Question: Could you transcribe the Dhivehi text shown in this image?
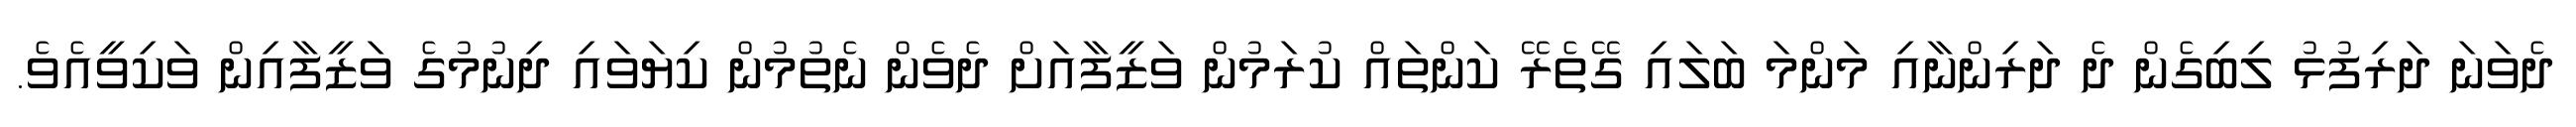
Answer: ދެވަނަ ދަރިފުޅު ލިބިގެން ދެ ދަރިންނާއި މަންމަ ބަލައި ގޭތެރޭ ކަންތައް ކުރަމުން ވަޒީފާއަށް ދެވެން ނެތުމުން ކިޔަވައި ދިނުމުގެ ވަޒީފާއިން ވަކިވީއެވެ.